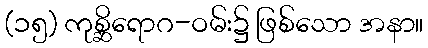
(၁၅) ကုစ္ဆိရောဂ-ဝမ်း၌ ဖြစ်သော အနာ။